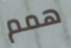
همم